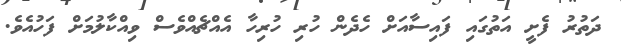
ދަތުރު ފެށީ އަތުގައި ފައިސާއަށް ހެދެން ހުރި ހުރިހާ އެއްޗެއްވެސް ވިއްކާލުމަށް ފަހުއެވެ.